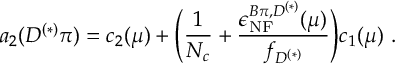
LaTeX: a _ { 2 } ( D ^ { ( * ) } \pi ) = c _ { 2 } ( \mu ) + \Bigg ( \frac { 1 } { N _ { c } } + \frac { \epsilon _ { \mathrm { N F } } ^ { B \pi , D ^ { ( * ) } } ( \mu ) } { f _ { D ^ { ( * ) } } } \Bigg ) c _ { 1 } ( \mu ) ~ .